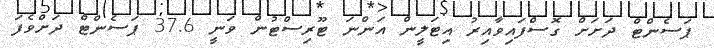
ޕަސެންޓް ދަށަށް ގޮސްފައިވާއިރު އިޓަލީން އަންނަ ޓޫރިސްޓުން ވަނީ 37.6 ޕަސެންޓް ދަށްވެފަ